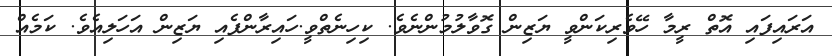
އަރައިފައި އޮތް ރީމާ ހޭވެރިކަންވީ ޔަޒިން ގޮވާލުމުންނެވެ. ކިހިނެތްވީ.ހައިރާންފެއި ޔަޒިން އަހަލިއެވެ. ކަމެއް